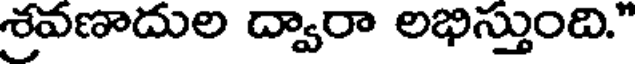
శ్రవణాదుల ద్వారా లభిస్తుంది."